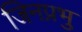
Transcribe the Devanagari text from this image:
जिनप्रभु